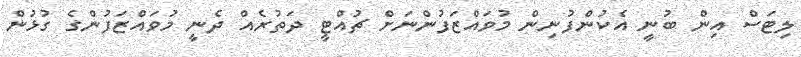
ލިޓަސް އިން ބުނީ އެކުންފުނިން މުވައްޒަފުންނަށް ޗުއްޓީ ދަތުރެއް ދެނީ މުވައްޒަފުންގެ ގުޅުން